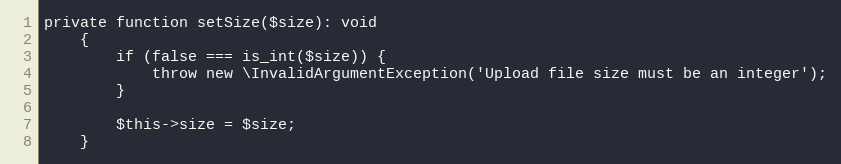
Language: PHP
private function setSize($size): void
    {
        if (false === is_int($size)) {
            throw new \InvalidArgumentException('Upload file size must be an integer');
        }

        $this->size = $size;
    }